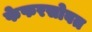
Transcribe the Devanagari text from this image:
फेफरसोबत